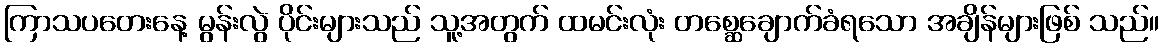
ကြာသပတေးနေ့ မွန်းလွဲ ပိုင်းများသည် သူ့အတွက် ထမင်းလုံး တစ္ဆေချောက်ခံရသော အချိန်များဖြစ် သည်။